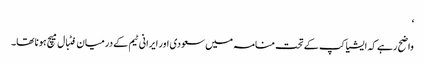
‘
واضح رہے کہ ایشیا کپ کے تحت منامہ میں سعودی اور ایرانی ٹیم کے درمیان فٹبال میچ ہونا تھا۔